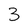
Character: 3